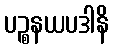
ပဉ္စနယပဒါနိ